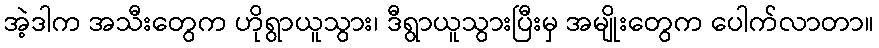
အဲ့ဒါက အသီးတွေက ဟိုရွာယူသွား၊ ဒီရွာယူသွားပြီးမှ အမျိုးတွေက ပေါက်လာတာ။